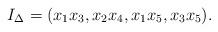
LaTeX: \begin{align*}I_{\Delta}=(x_1x_3,x_2x_4,x_1x_5,x_3x_5).\end{align*}